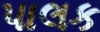
પાલક